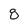
Character: 8